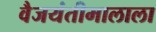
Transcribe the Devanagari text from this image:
वैजयंतीमालाला